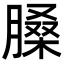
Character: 𦟄